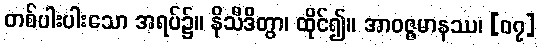
တစ်ပါးပါးသော အရပ်၌။ နိသီဒိတွာ၊ ထိုင်၍။ အာဝဇ္ဇမာနဿ၊ [၀၇]